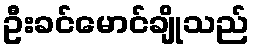
ဦးခင်မောင်ချိုသည်